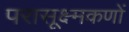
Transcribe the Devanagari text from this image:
परासूक्ष्मकणों